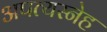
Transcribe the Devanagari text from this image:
अपत्यस्नेह